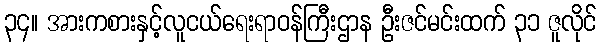
၃၄။ အားကစားနှင့်လူငယ်ရေးရာဝန်ကြီးဌာန ဦးဇင်မင်းထက် ၃၁ ဇူလိုင်